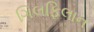
ગિલફિલાન